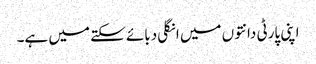
اپنی پارٹی دانتوں میں انگلی دبائے سکتے میں ہے۔